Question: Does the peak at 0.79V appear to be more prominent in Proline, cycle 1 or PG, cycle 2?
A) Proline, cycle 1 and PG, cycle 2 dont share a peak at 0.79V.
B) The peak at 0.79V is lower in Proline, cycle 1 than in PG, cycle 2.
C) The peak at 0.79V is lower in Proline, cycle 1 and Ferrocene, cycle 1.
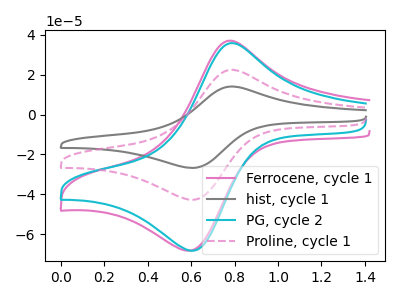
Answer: <think>The pink curve "Ferrocene, cycle 1" has an anodic peak at (0.75V, 36.95uA) and a cathodic peak at (0.60V, -68.30uA). The gray curve "hist, cycle 1" has an anodic peak at (0.80V, 44.80uA) and a cathodic peak at (0.60V, -85.55uA). The cyan curve "PG, cycle 2" has an anodic peak at (0.80V, 35.80uA) and a cathodic peak at (0.60V, -68.30uA). The pink dashed curve "Proline, cycle 1" has an anodic peak at (0.80V, 22.40uA) and a cathodic peak at (0.60V, -42.75uA).</think>
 <answer>B) The peak at 0.79V is lower in "Proline, cycle 1" than in "PG, cycle 2".</answer>
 <eval>B</eval>